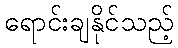
ရောင်းချနိုင်သည့်